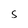
Character: S